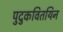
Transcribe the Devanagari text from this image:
पुदुकवितयिन